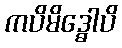
ကပိမိဒ္ဓေါပိ